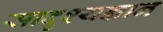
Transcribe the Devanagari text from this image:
सादृश्यज्ञान